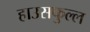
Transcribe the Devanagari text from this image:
हाउसफुल्ल